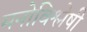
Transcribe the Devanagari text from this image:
मनोविश्लेषी